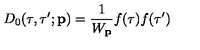
D _ { 0 } ( \tau , \tau ^ { \prime } ; { \bf p } ) = \frac { 1 } { W _ { \bf p } } f ( \tau ) f ( \tau ^ { \prime } )